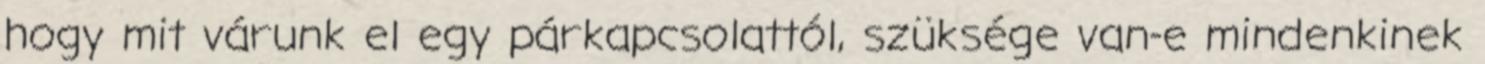
hogy mit várunk el egy párkapcsolattól, szüksége van-e mindenkinek